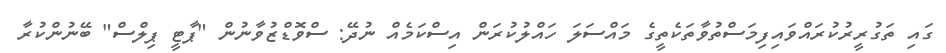
ގައި ތަގުރީރުކުރައްވައިފިމަސްތުވާތަކެތީގެ މައްސަލަ ހައްލުކުރަން އިސްކަމެއް ނުދޭ: ސްވޮޑްޒުވާނުން "ޕާޓީ ޕިލްސް" ބޭނުންކުރާ